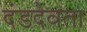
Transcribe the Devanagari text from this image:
दंडदेवता